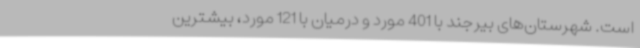
است. شهرستان‌های بیرجند با 401 مورد و درمیان با 121 مورد، بیشترین